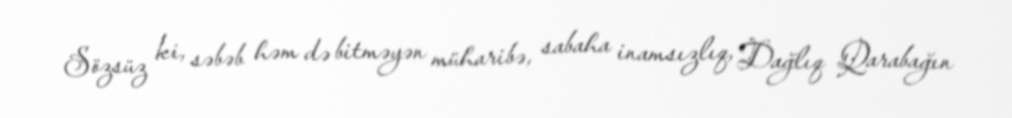
Sözsüz ki, səbəb həm də bitməyən müharibə, sabaha inamsızlıq, Dağlıq Qarabağın